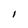
Character: I